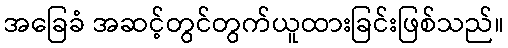
အခြေခံ အဆင့်တွင်တွက်ယူထားခြင်းဖြစ်သည်။